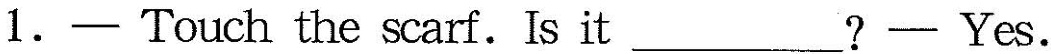
1.— Touch the scarf.Is it___?— Yes.